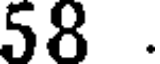
58 .